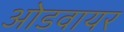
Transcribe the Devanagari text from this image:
ओडवायर